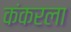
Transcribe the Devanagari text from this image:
कंकरला